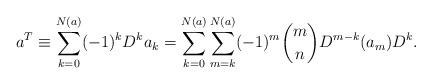
LaTeX: \begin{align*}a^T \equiv \sum_{k=0}^{N(a)} (-1)^k D^k a_k = \sum_{k=0}^{N(a)}\sum_{m=k}^{N(a)} (-1)^m {m \choose n} D^{m-k} (a_m) D^k. \end{align*}